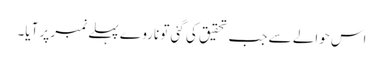
اس حوالے سے جب تحقیق کی گئی تو ناروے پہلے نمبر پر آیا۔